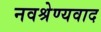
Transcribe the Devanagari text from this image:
नवश्रेण्यवाद